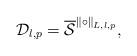
LaTeX: \begin{align*}\mathcal{D}_{l,p}=\overline{\mathcal{S}}^{\left\Vert \circ \right\Vert_{L,l,p}}, \end{align*}